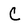
Character: C